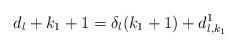
\begin{align*}d_{l} + k_{1} + 1 = \delta_{l}(k_{1}+1) + d_{l,k_{1}}^{1} \end{align*}